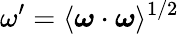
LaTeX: \omega^{\prime}=\langle\boldsymbol{\omega}\cdot\boldsymbol{\omega}\rangle^{1/2}